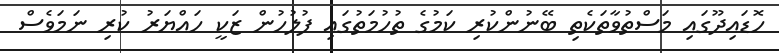
ހޮޑައިދޫގައި މަސްތުވާތަކެތި ބޭނުންކުރި ކަމުގެ ތުހުމަތުގައި ފުލުހުން ޒަކީ ހައްޔަރު ކުރި ނަމަވެސް